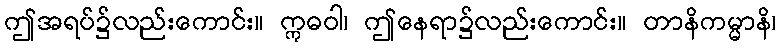
ဤအရပ်၌လည်းကောင်း။ ဣဓဝါ၊ ဤနေရာ၌လည်းကောင်း။ တာနိကမ္မာနိ၊